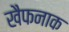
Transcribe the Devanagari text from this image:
खैफनाक